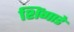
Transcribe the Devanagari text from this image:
शिंगाडे